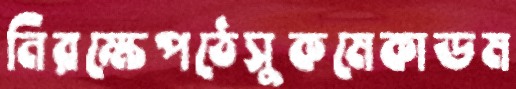
নিরক্ষেপঠেসুকমেকাডম